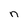
Character: n